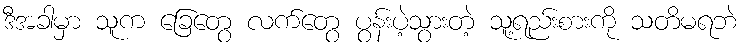
ဒီအခါမှာ သူက ခြေတွေ လက်တွေ ပွန်းပဲ့သွားတဲ့ သူ့ရည်းစားကို သတိမရဘဲ